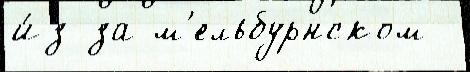
и́з-за м'ельбурнском